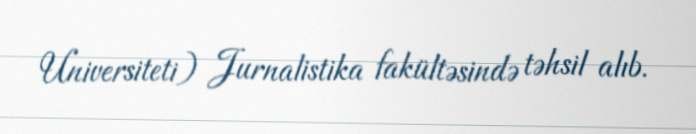
Universiteti) Jurnalistika fakültəsində təhsil alıb.